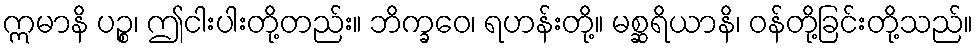
ဣမာနိ ပဉ္စ၊ ဤငါးပါးတို့တည်း။ ဘိက္ခဝေ၊ ရဟန်းတို့။ မစ္ဆရိယာနိ၊ ဝန်တို့ခြင်းတို့သည်။